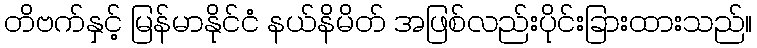
တိဗက်နှင့် မြန်မာနိုင်ငံ နယ်နိမိတ် အဖြစ်လည်းပိုင်းခြားထားသည်။